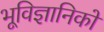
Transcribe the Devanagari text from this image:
भूविज्ञानिकों